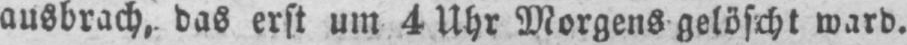
ausbrach, das erst um 4 Uhr Morgens gelöscht ward.